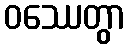
ဝဿေတွာ